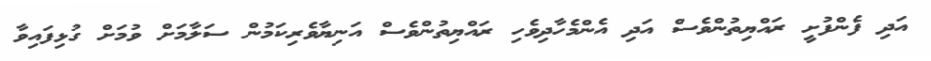
އަދި ފެންފުށީ ރައްޔިތުންވެސް އަދި އެންމެހާދިވެހި ރައްޔިތުންވެސް އަނިޔާވެރިކަމުން ސަލާމަށް ވުމަށް ގުޅިފައިވާ